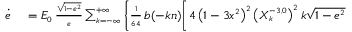
\small \begin{array} { r l } { \dot { e } } & { { } = { \cal E } _ { 0 } \, \frac { \sqrt { 1 - e ^ { 2 } } } { e } \sum _ { k = - \infty } ^ { + \infty } \Bigg \{ \frac { 1 } { 6 4 } \, b ( - k n ) \bigg [ 4 \left( 1 - 3 x ^ { 2 } \right) ^ { 2 } \left( X _ { k } ^ { - 3 , 0 } \right) ^ { 2 } k \sqrt { 1 - e ^ { 2 } } } \end{array}